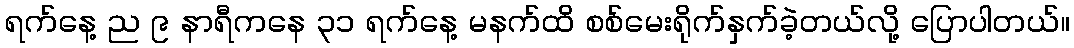
ရက်နေ့ ည ၉ နာရီကနေ ၃၁ ရက်နေ့ မနက်ထိ စစ်မေးရိုက်နှက်ခဲ့တယ်လို့ ပြောပါတယ်။